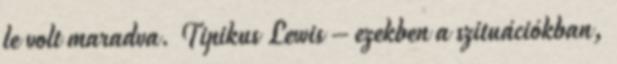
le volt maradva. Tipikus Lewis – ezekben a szituációkban,